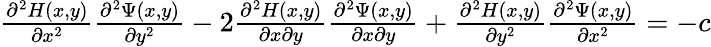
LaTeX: \begin{array}{r}{\frac{\partial^{2}H(x,y)}{\partial x^{2}}\frac{\partial^{2}\Psi(x,y)}{\partial y^{2}}-2\frac{\partial^{2}H(x,y)}{\partial x\partial y}\frac{\partial^{2}\Psi(x,y)}{\partial x\partial y}+\frac{\partial^{2}H(x,y)}{\partial y^{2}}\frac{\partial^{2}\Psi(x,y)}{\partial x^{2}}=-c}\end{array}